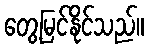
တွေ့မြင်နိုင်သည်။